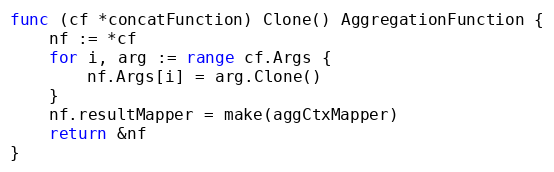
Language: Go
func (cf *concatFunction) Clone() AggregationFunction {
	nf := *cf
	for i, arg := range cf.Args {
		nf.Args[i] = arg.Clone()
	}
	nf.resultMapper = make(aggCtxMapper)
	return &nf
}